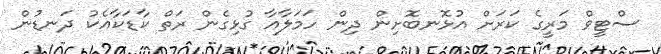
ސްޓީވް މަރީގެ ކަރަށް އުޅޮނބޮށިން ދިން ހަމަލާއާ ގުޅިގެން ރަތް ކާޑަކާއެކު ދަނޑުން